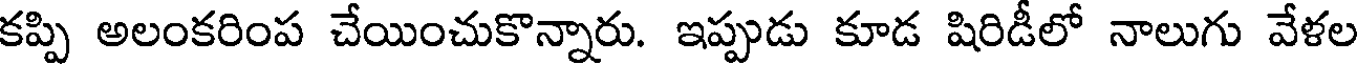
కప్పి అలంకరింప చేయించుకొన్నారు. ఇప్పుడు కూడ షిరిడీలో నాలుగు వేళల